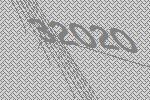
32020